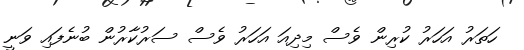
ހަތަރު އަހަރު ކުރިން ވެސް މިދިއަ އަހަރު ވެސް ސަރުކާރުން ބުނެފައި ވަނީ